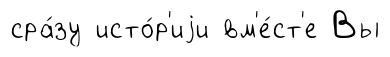
сра́зу исто́р'иjи вм'е́ст'е Вы